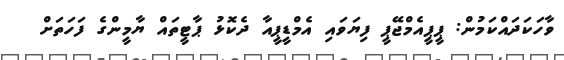
ވާހަކަދައްކަމުން: ޕީޕީއެމްޖޭޕީ ފިޔަވައި އެމްޑީޕީއާ ދެކޮޅު ޕާޓީތައް ޔާމީންގެ ފަހަތަށް